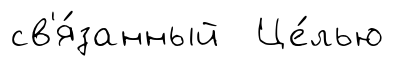
св'я́занный Це́лью